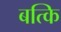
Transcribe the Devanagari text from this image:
बत्कि